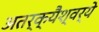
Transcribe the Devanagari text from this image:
अतर्क्यैश्वर्ये